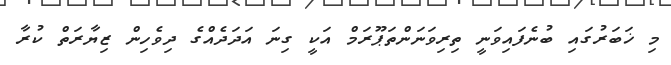
މި ޚަބަރުގައި ބުނެފައިވަނީ ތިރިވަނަންތަޕޫރަމް އަކީ ގިނަ އަދަދެއްގެ ދިވެހިން ޒިޔާރަތް ކުރާ